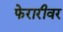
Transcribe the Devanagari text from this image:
फेरारीवर